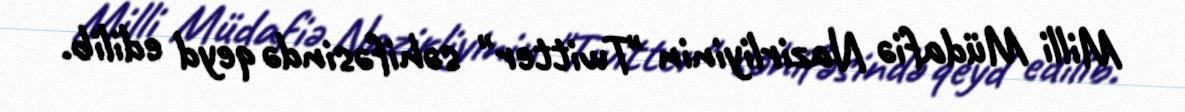
Milli Müdafiə Nazirliyinin "Twitter" səhifəsində qeyd edilib.